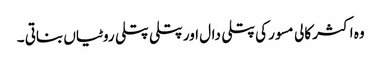
وہ اکثر کالی مسور کی پتلی دال اور پتلی پتلی روٹیاں بناتی ۔